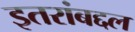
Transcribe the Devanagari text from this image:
इतरांबद्दल